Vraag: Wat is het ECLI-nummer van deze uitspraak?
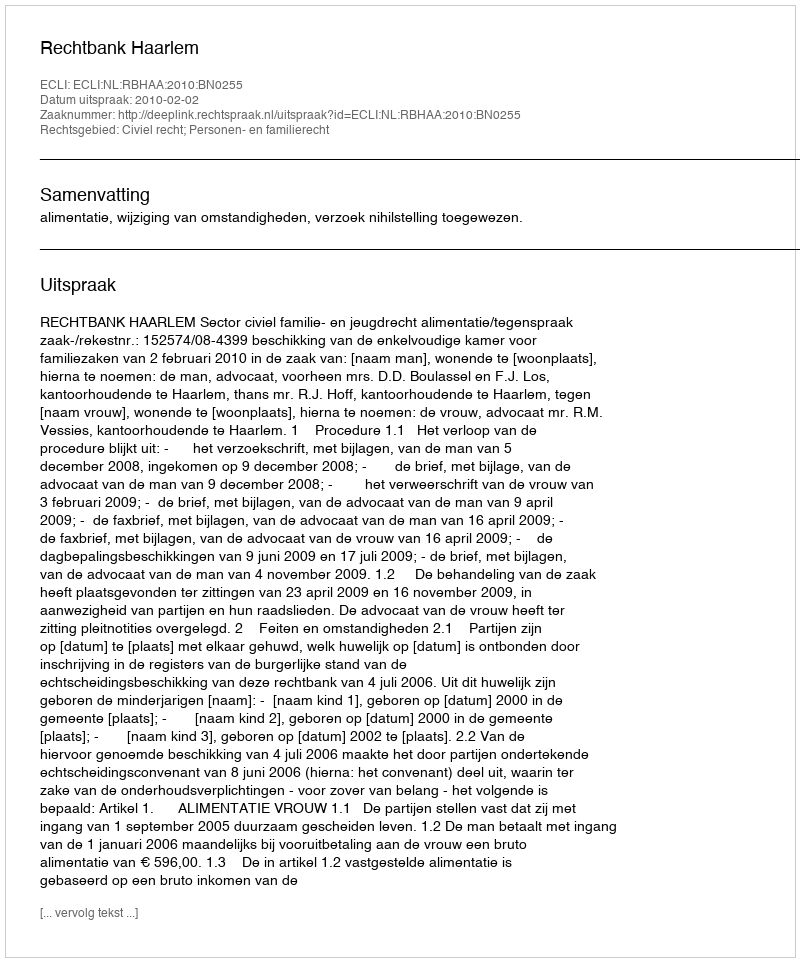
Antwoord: ECLI:NL:RBHAA:2010:BN0255